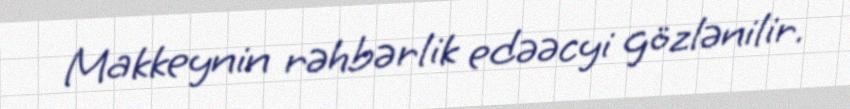
Makkeynin rəhbərlik edəəcyi gözlənilir.